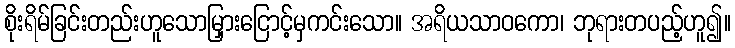
စိုးရိမ်ခြင်းတည်းဟူသောမြှားငြောင့်မှကင်းသော။ အရိယသာဝကော၊ ဘုရားတပည့်ဟူ၍။